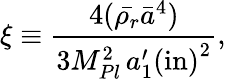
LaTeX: \xi\equiv\frac{4(\bar{\rho_{r}}\bar{a}^{4})}{3M_{Pl}^{2}\, {{a}_{1}^{\prime}(\mathrm{in})}^{2}},